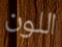
اللون